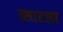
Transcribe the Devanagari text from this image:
त्सारला